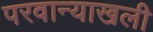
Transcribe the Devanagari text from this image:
परवान्याखली